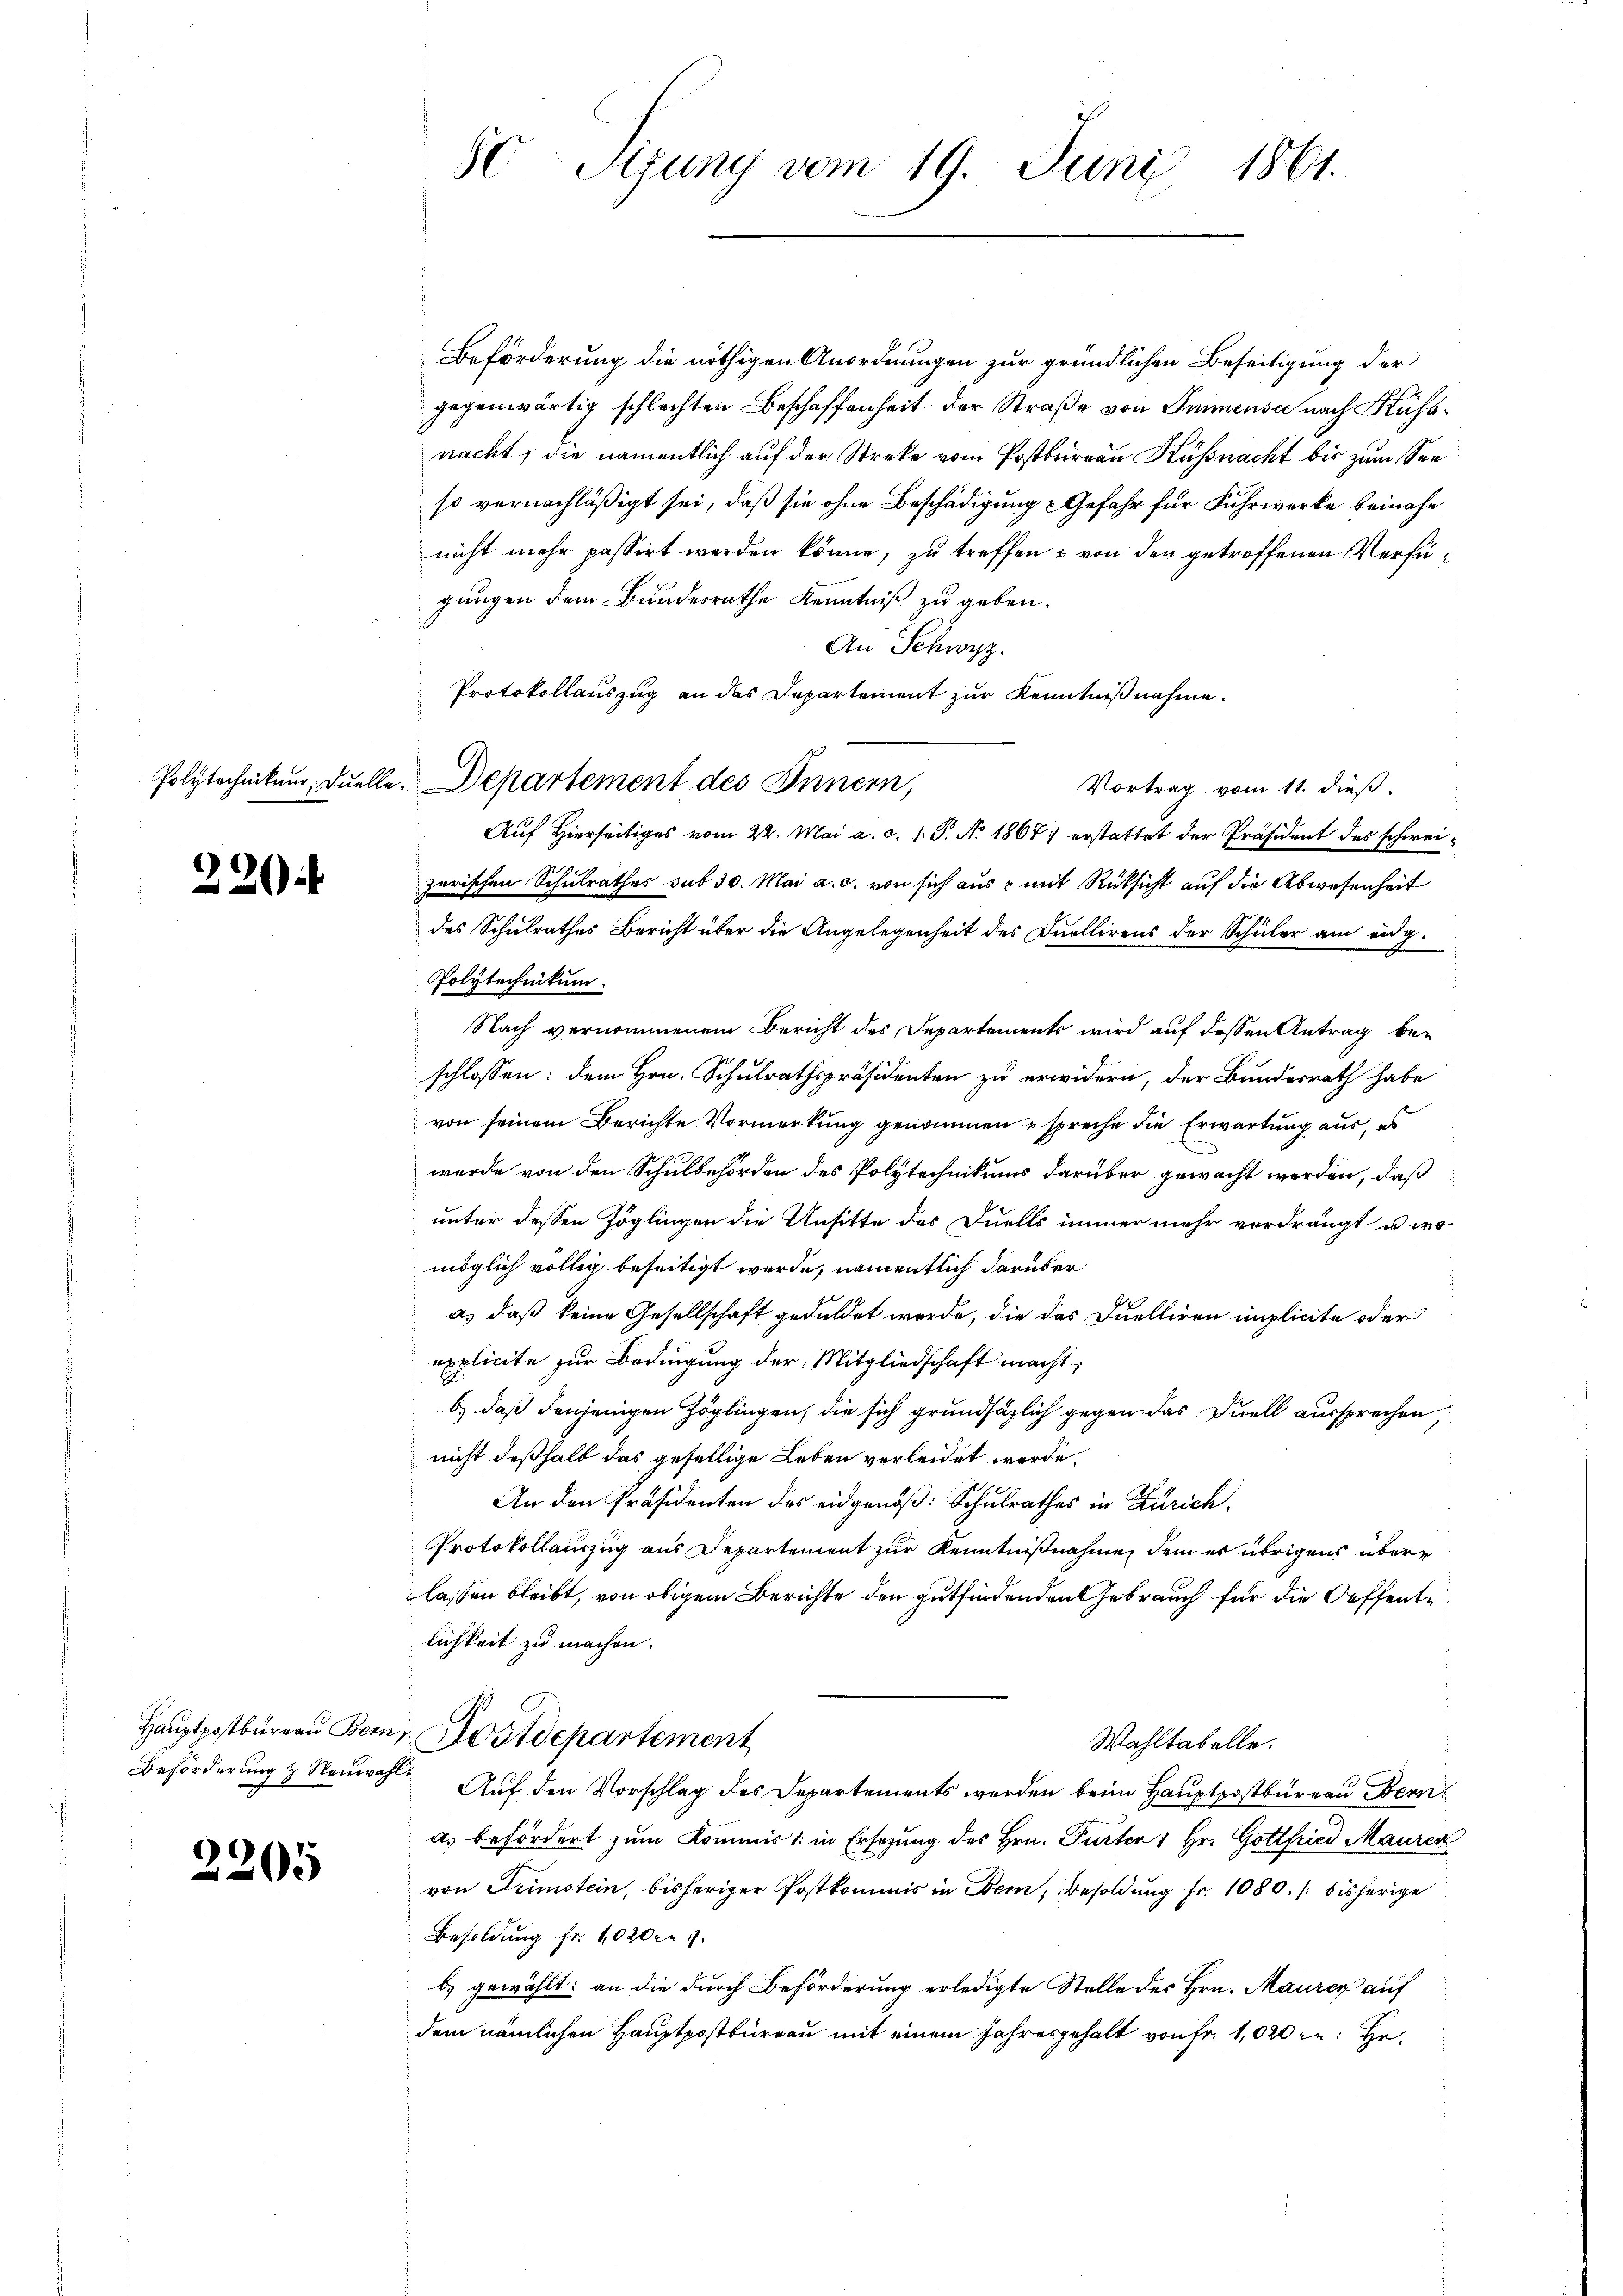
220

2205

Beförderung die nöthigen Anordnungen zur gründlichen Beseitigung der
gegenwärtig schlechten Beschaffenheit der Straße von Immense nach Küssnacht, die namentlich auf der Streke vom Postbureau Küssnacht bis zum Seeso vernachläßigt sei, daß sie ohne Beschädigung Gefahr für Fuhrwerke beinahe
nicht mehr passirt werden könne, zu treffen u von den getroffenen Verfügungen dem Bundesrathe Kenntniß zu geben.
An Schwyz.
Protokollauszug an das Departement zur Kenntnißnahme.
Vortrag vom 11. dieß.
Auf Hierseitiges vom 22. Mai a. c. 1. P. No. 1867) erstattet der Präsident des schweizerischen Schulrathes sub 30. Mai a. c. von sich aus & mit Rücksicht auf die Abwesenheit
des Schulrathes Bericht über die Angelegenheit des Quellirens der Schüler am eidg.
Polytechnikum.
Nach vernommenem Bericht des Departements wird auf dessen Antrag beschlossen: dem Hrn. Schulrathspräsidenten zu erwidern, der Bundesrath habe
von seinem Berichte Vormerkung genommen, spreche die Erwartung aus, es
wurde von den Schulbehörden des Polytechnikums darüber gewacht werden, daß
unter dessen Zöglingen die Unsitte des Duells immer mehr vordrängt u. womöglich völlig beseitigt werde, namentlich darüber
a.) daß keine Gesellschaft geduldet werde, die das Duelliren implicite oder
applicite zur Bedingung der Mitgliedschaft macht,
.
b.) daß denjenigen Zöglingen, die sich grundsätzlich gegen das Duell aussprechen,
nicht deßhalb das gesellige Leben verleidet werde.
An den Präsidenten des eidgenöß: Schulrathes in Zürich.
Protokollauszug aus Departement zur Kenntnißnahme, dem er übrigens übere
lassen bleibt, von obigem Berichte den gutfindenden Gebrauch für die Oeffentlichkeit zu machen.
Hauptpostbureau Bern, Postdepartement
Wahltabelle.
Beförderung & Neuwahl. Auf den Vorschlag des Departements werden beim Hauptpostbüreau Fern
a. befördert zum Kommis (: in Ersezung des Hrn. Pacter 1 Hr. Gottfried Maurer
von Trimstein, bisheriger Postkommis in Bern, Besoldung Fr. 1080. /: bisherige
Besoldung fr. 1020 n 1.
b) gewählt: an die durch Beförderung erledigte Stelle des Hrn. Maurer auf
dem nämlichen Hauptpostbureau mit einem Jahresgehalt von Fr. 1,020 in: Hr.

50 Sizung vom 19. Juni 1861.

Polytechnikum, Duelle. Departement des Innern,